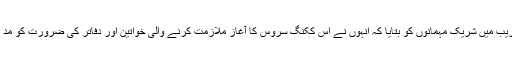
اس موقع پر نصرت نے تقریب میں شریک مہمانوں کو بتایا کہ انہوں نے اس ککنگ سروس کا آغاز ملازمت کرنے والی خواتین اور دفاتر کی ضرورت کو مد نظر رکھتے ہوئے کیا ہے۔